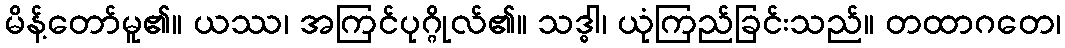
မိန့်တော်မူ၏။ ယဿ၊ အကြင်ပုဂ္ဂိုလ်၏။ သဒ္ဓါ၊ ယုံကြည်ခြင်းသည်။ တထာဂတေ၊